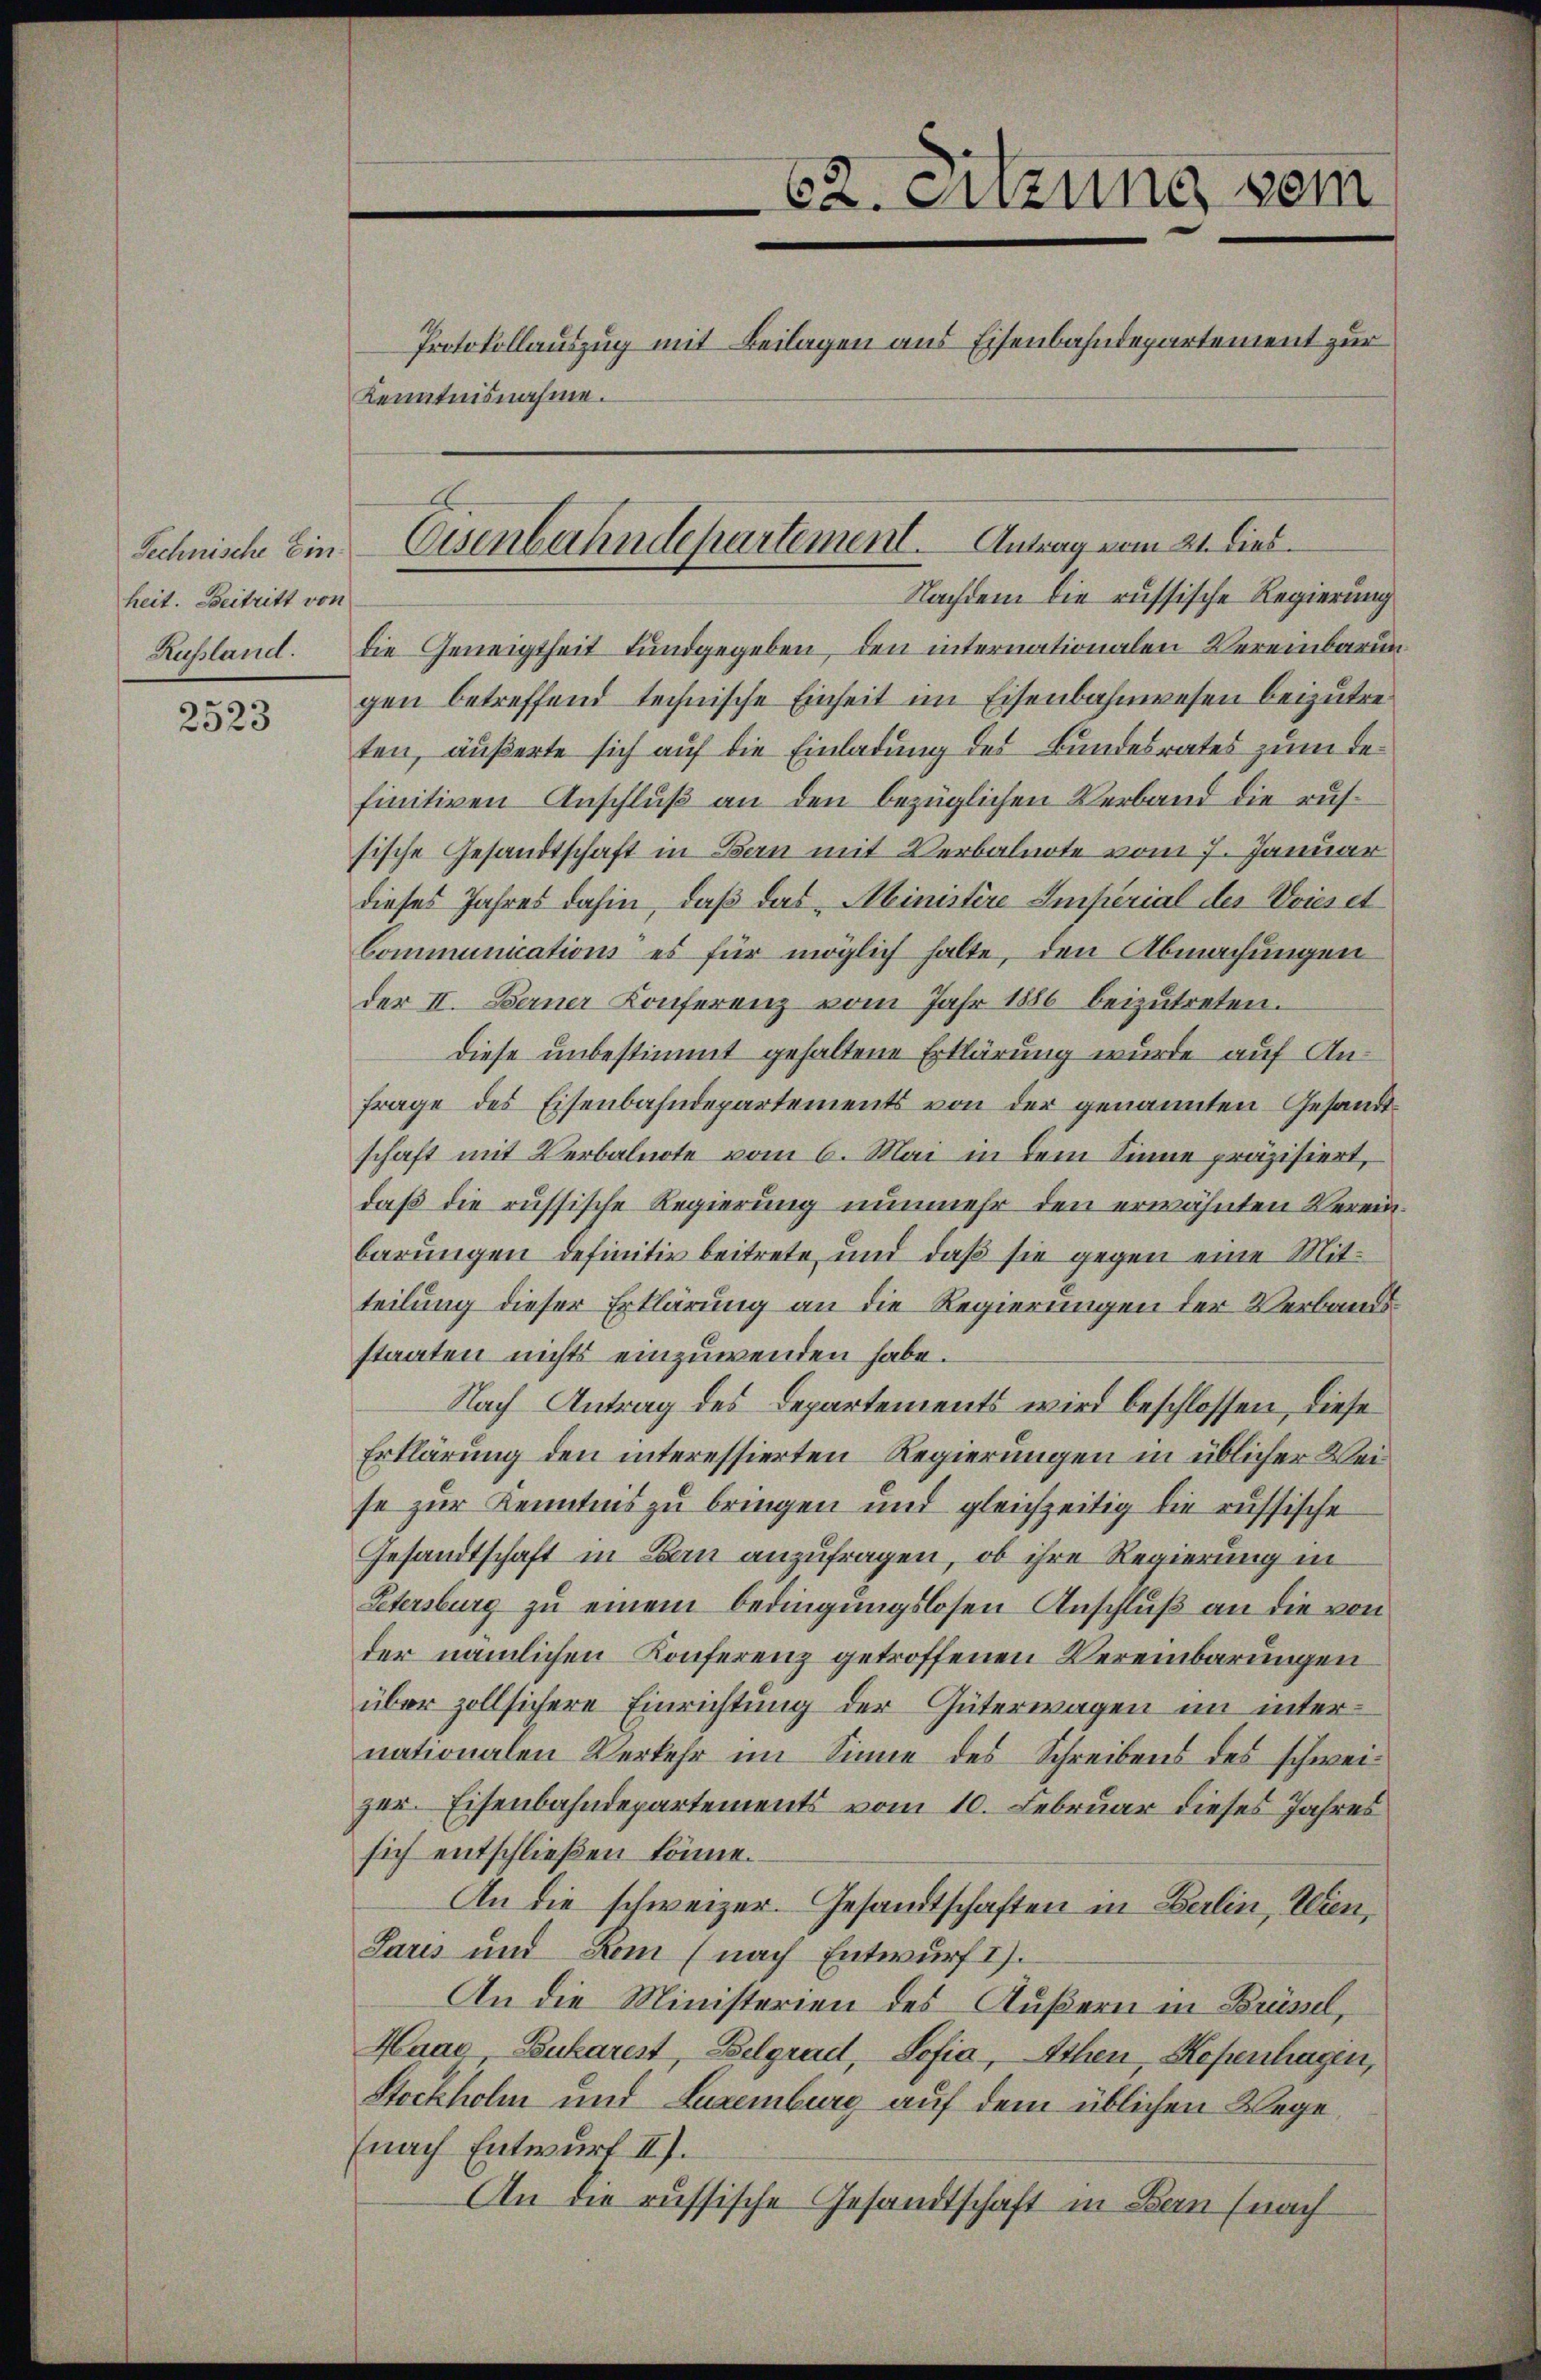
Technische Einheit. Beitritt von

2523

Kenntnisnahme.

62. Einzung sein
Protokollauszug mit Beilagen aus Eisenbahndepartement zur

Nachdem die russische Regierung
Rufsland. Die Geneigtheit fundgegeben, den internationalen Vereinbarun
gen betreffend technische Einheit im Eisenbahnwesen beizutre
ten, äußerte sich auf die Einladung des Bundesrates zum Refinitiven Anschluß an den bezüglichen Verband die russische Gesandtschaft in Bern mit Verbalnote vom 7. Januar
dieses Jahres dahin, daß das Ministire Imperial der Voies et
Communications es für möglich halte, den Abmachungen
der II. Berner Konferenz vom Jahr 1886 beizŭtreten.
Diese unbestimmt gehaltene Erklärung wurde auf Anfrage des Eisenbahndepartements von der genannten Gesandtschaft mit Verbalnote vom 6. Mai in dem Sinne präzisiert,
daß die russische Regierung nunmehr den erwähnten Vereinbarungen definitiv beitrete und daß sie gegen eine Mitteilung dieser Erklärung an die Regierungen der Verbandsstaaten nichts einzuwenden habe.
Nach Antrag des Departements wird beschlossen, diese
Erklärung den interessierten Regierungen in üblicher Weise zur Kenntnis zu bringen und gleichzeitig die russische
Gesandtschaft in Bau anzufragen, ob ihre Regierung in
Petersburg zu einem bedingungslosen Anschluß an die von
der nämlichen Konferenz getroffenen Vereinbarungen
über zoll sichere Einrichtung der Güterwagen im internationalen Verkehr im Sinne des Schreibens des schweizer. Eisenbahndepartements vom 10. Februar dieses Jahres
sich entschließen könne.
An die schweizer. Gesandtschaften in Berlin, Wien,
Paris und Dom (nach Entwurf I).
An die Ministerien des Äußern in Krüssel,
Haar Pukarest, Belgrad, Sofia Ithen, Kopenhagen,
Stockholm und Luxenburg auf dem üblichen Wege
(nach Entwurf II).
An die russische Gesandtschaft in Bau (nach

Eisenbahndepartement. Antrag vom 21. dies